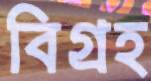
বিগ্রহ